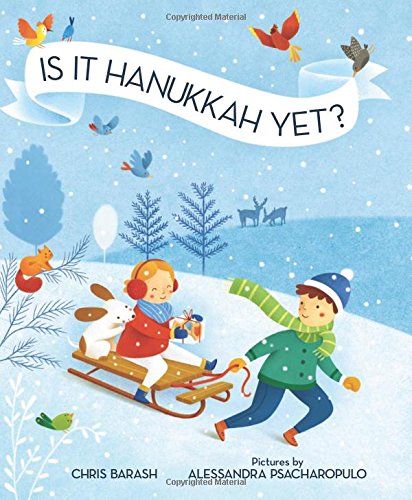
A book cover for Is It Hanukkah Yet?; Chris Barash; Children's Books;